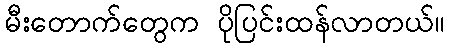
မီးတောက်တွေက ပိုပြင်းထန်လာတယ်။